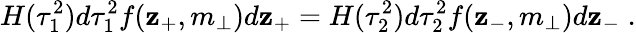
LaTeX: H(\tau_{1}^{2})d\tau_{1}^{2}f(\mathbf{z}_{+},m_{\perp})d\mathbf{z}_{+}=H(\tau_{2}^{2})d\tau_{2}^{2}f(\mathbf{z}_{-},m_{\perp})d\mathbf{z}_{-}\; .